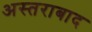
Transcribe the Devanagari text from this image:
अस्तराबाद